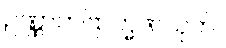
ဥဏ္ဏာဘဗြာဟ္မဏသုတ်။